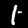
Digit: 1